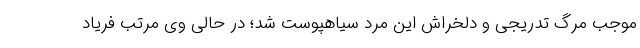
موجب مرگ تدریجی و دلخراش این مرد سیاهپوست شد؛ در حالی وی مرتب فریاد